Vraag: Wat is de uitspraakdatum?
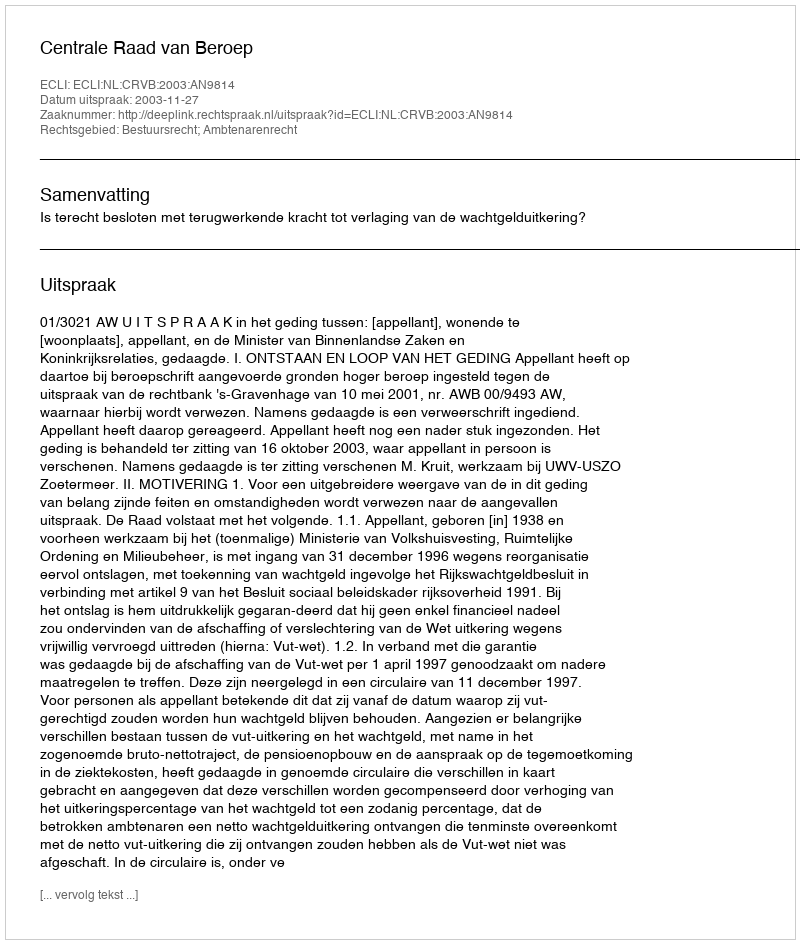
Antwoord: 2003-11-27